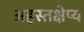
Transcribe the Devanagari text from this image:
अहस्तक्षेप्य